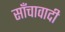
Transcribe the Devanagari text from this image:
साँचावादी